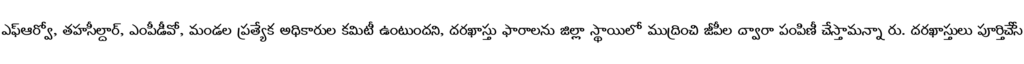
ఎఫ్ఆర్వో, తహసీల్దార్, ఎంపీడీవో, మండల ప్రత్యేక అధికారుల కమిటీ ఉంటుందని, దరఖాస్తు ఫారాలను జిల్లా స్థాయిలో ముద్రించి జీపీల ద్వారా పంపిణీ చేస్తామన్నా రు. దరఖాస్తులు పూర్తిచేసే